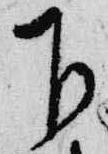
下